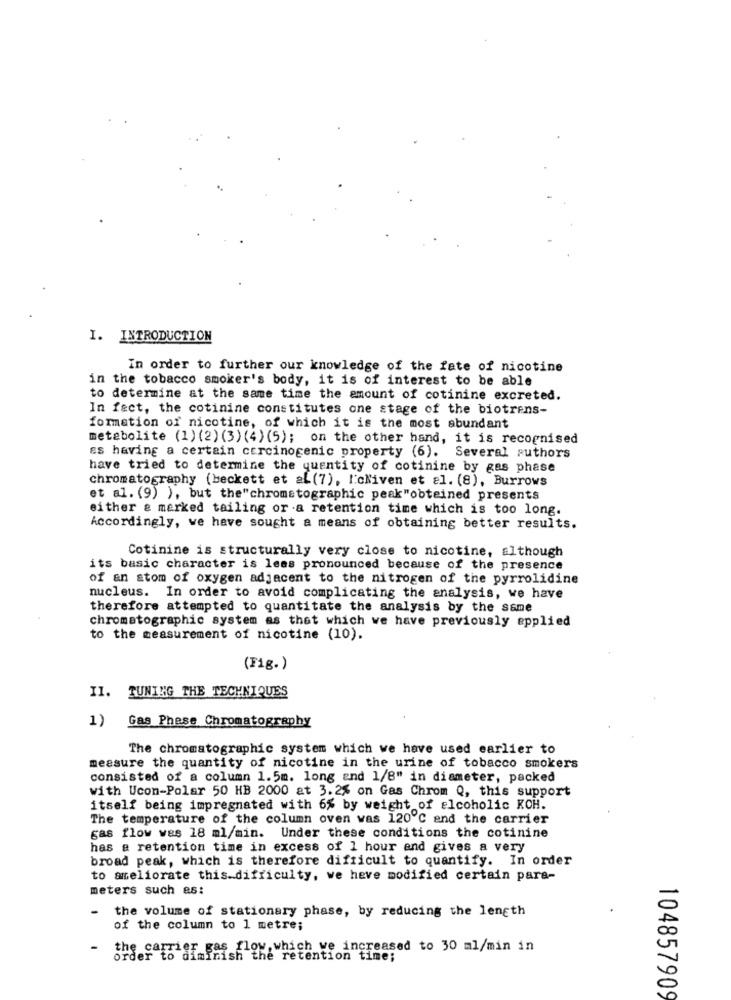
I. INTRODUCTION
In order to further our knowledge of the fate of nicotine
in the tobacco smoker's body, it is of interest to be able
to determine at the same time the amount of cotinine excreted.
In fact, the cotinine constitutes one stage of the biotrens-
formation of nicotine, of which it is the most abundant
metabolite (1)(2) (3) (4) (5); on the other hand, it is recognised
es having a certain carcinogenic property (6). Several authors
have tried to determine the quantity of cotinine by gas phase
chromatography (beckett et al (7), Ickiven et al. (8), Burrows
et al. (9) ), but the"chromatographic peak"obteined presents
either & marked tailing ora retention time which is too long.
Accordingly, we have sought a means of obtaining better results.
Cotinine is structurally very close to nicotine, although
its basic character is less pronounced because of the presence
of an atom of oxygen adjacent to the nitrogen of the pyrrolidine
nucleus. In order to avoid complicating the analysis, we have
therefore attempted to quantitate the analysis by the same
chromatographic system as that which we have previously applied
to the measurement of nicotine (10).
(Fig. )
II. TUNING THE TECHNIQUES
1)
Gas Phese Chromatography
The chromatographic system which we have used earlier to
measure the quantity of nicotine in the urine of tobacco smokers
consisted of a column 1.5m. long and 1/8" in diameter, packed
with Ucon-Polar 50 HB 2000 at 3.2% on Gas Chrom Q, this support
itself being impregnated with 6% by weight of alcoholic KOH.
The temperature of the column oven was 120℃ and the carrier
gas flow was 18 ml/min. Under these conditions the cotinine
has e retention time in excess of 1 hour and gives a very
broad peak, which is therefore difficult to quantify. In order
to ameliorate this_difficulty, we heve modified certain para-
meters such as:
- the volume of stationary phase, by reducing the length
of the column to 1 metre;
the carrier gas flow,which we increased to 30 ml/min in
rder to diminish the retention time;
104857909